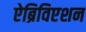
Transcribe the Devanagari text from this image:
ऐब्रिविएशन